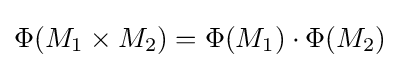
\Phi (M_{1}\times M_{2})=\Phi (M_{1})\cdot \Phi (M_{2})